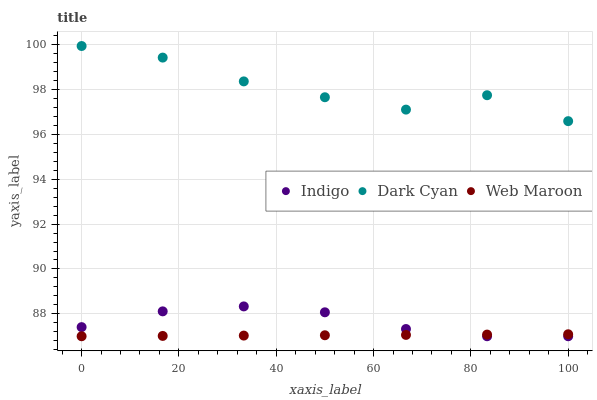
| xaxis_label | Indigo | Dark Cyan | Web Maroon |
 | --- | --- | --- | --- |
 | 0 | 87.4 | 99.9 | 87 |
 | 16.7 | 88.1 | 99.4 | 87 |
 | 33.3 | 88.3 | 98.4 | 87 |
 | 50 | 88.1 | 97.7 | 87 |
 | 66.7 | 87.3 | 97.1 | 87.1 |
 | 83.3 | 87 | 97.7 | 87.1 |
 | 100 | 87 | 96.6 | 87.1 |